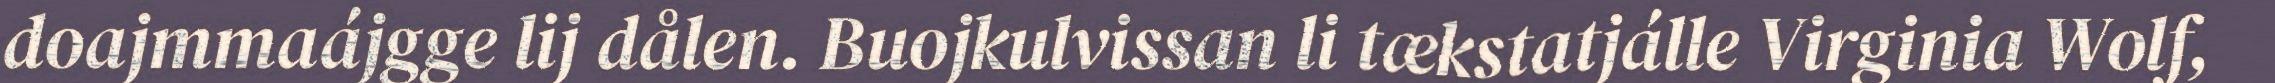
doajmmaájgge lij dålen. Buojkulvissan li tækstatjálle Virginia Wolf,